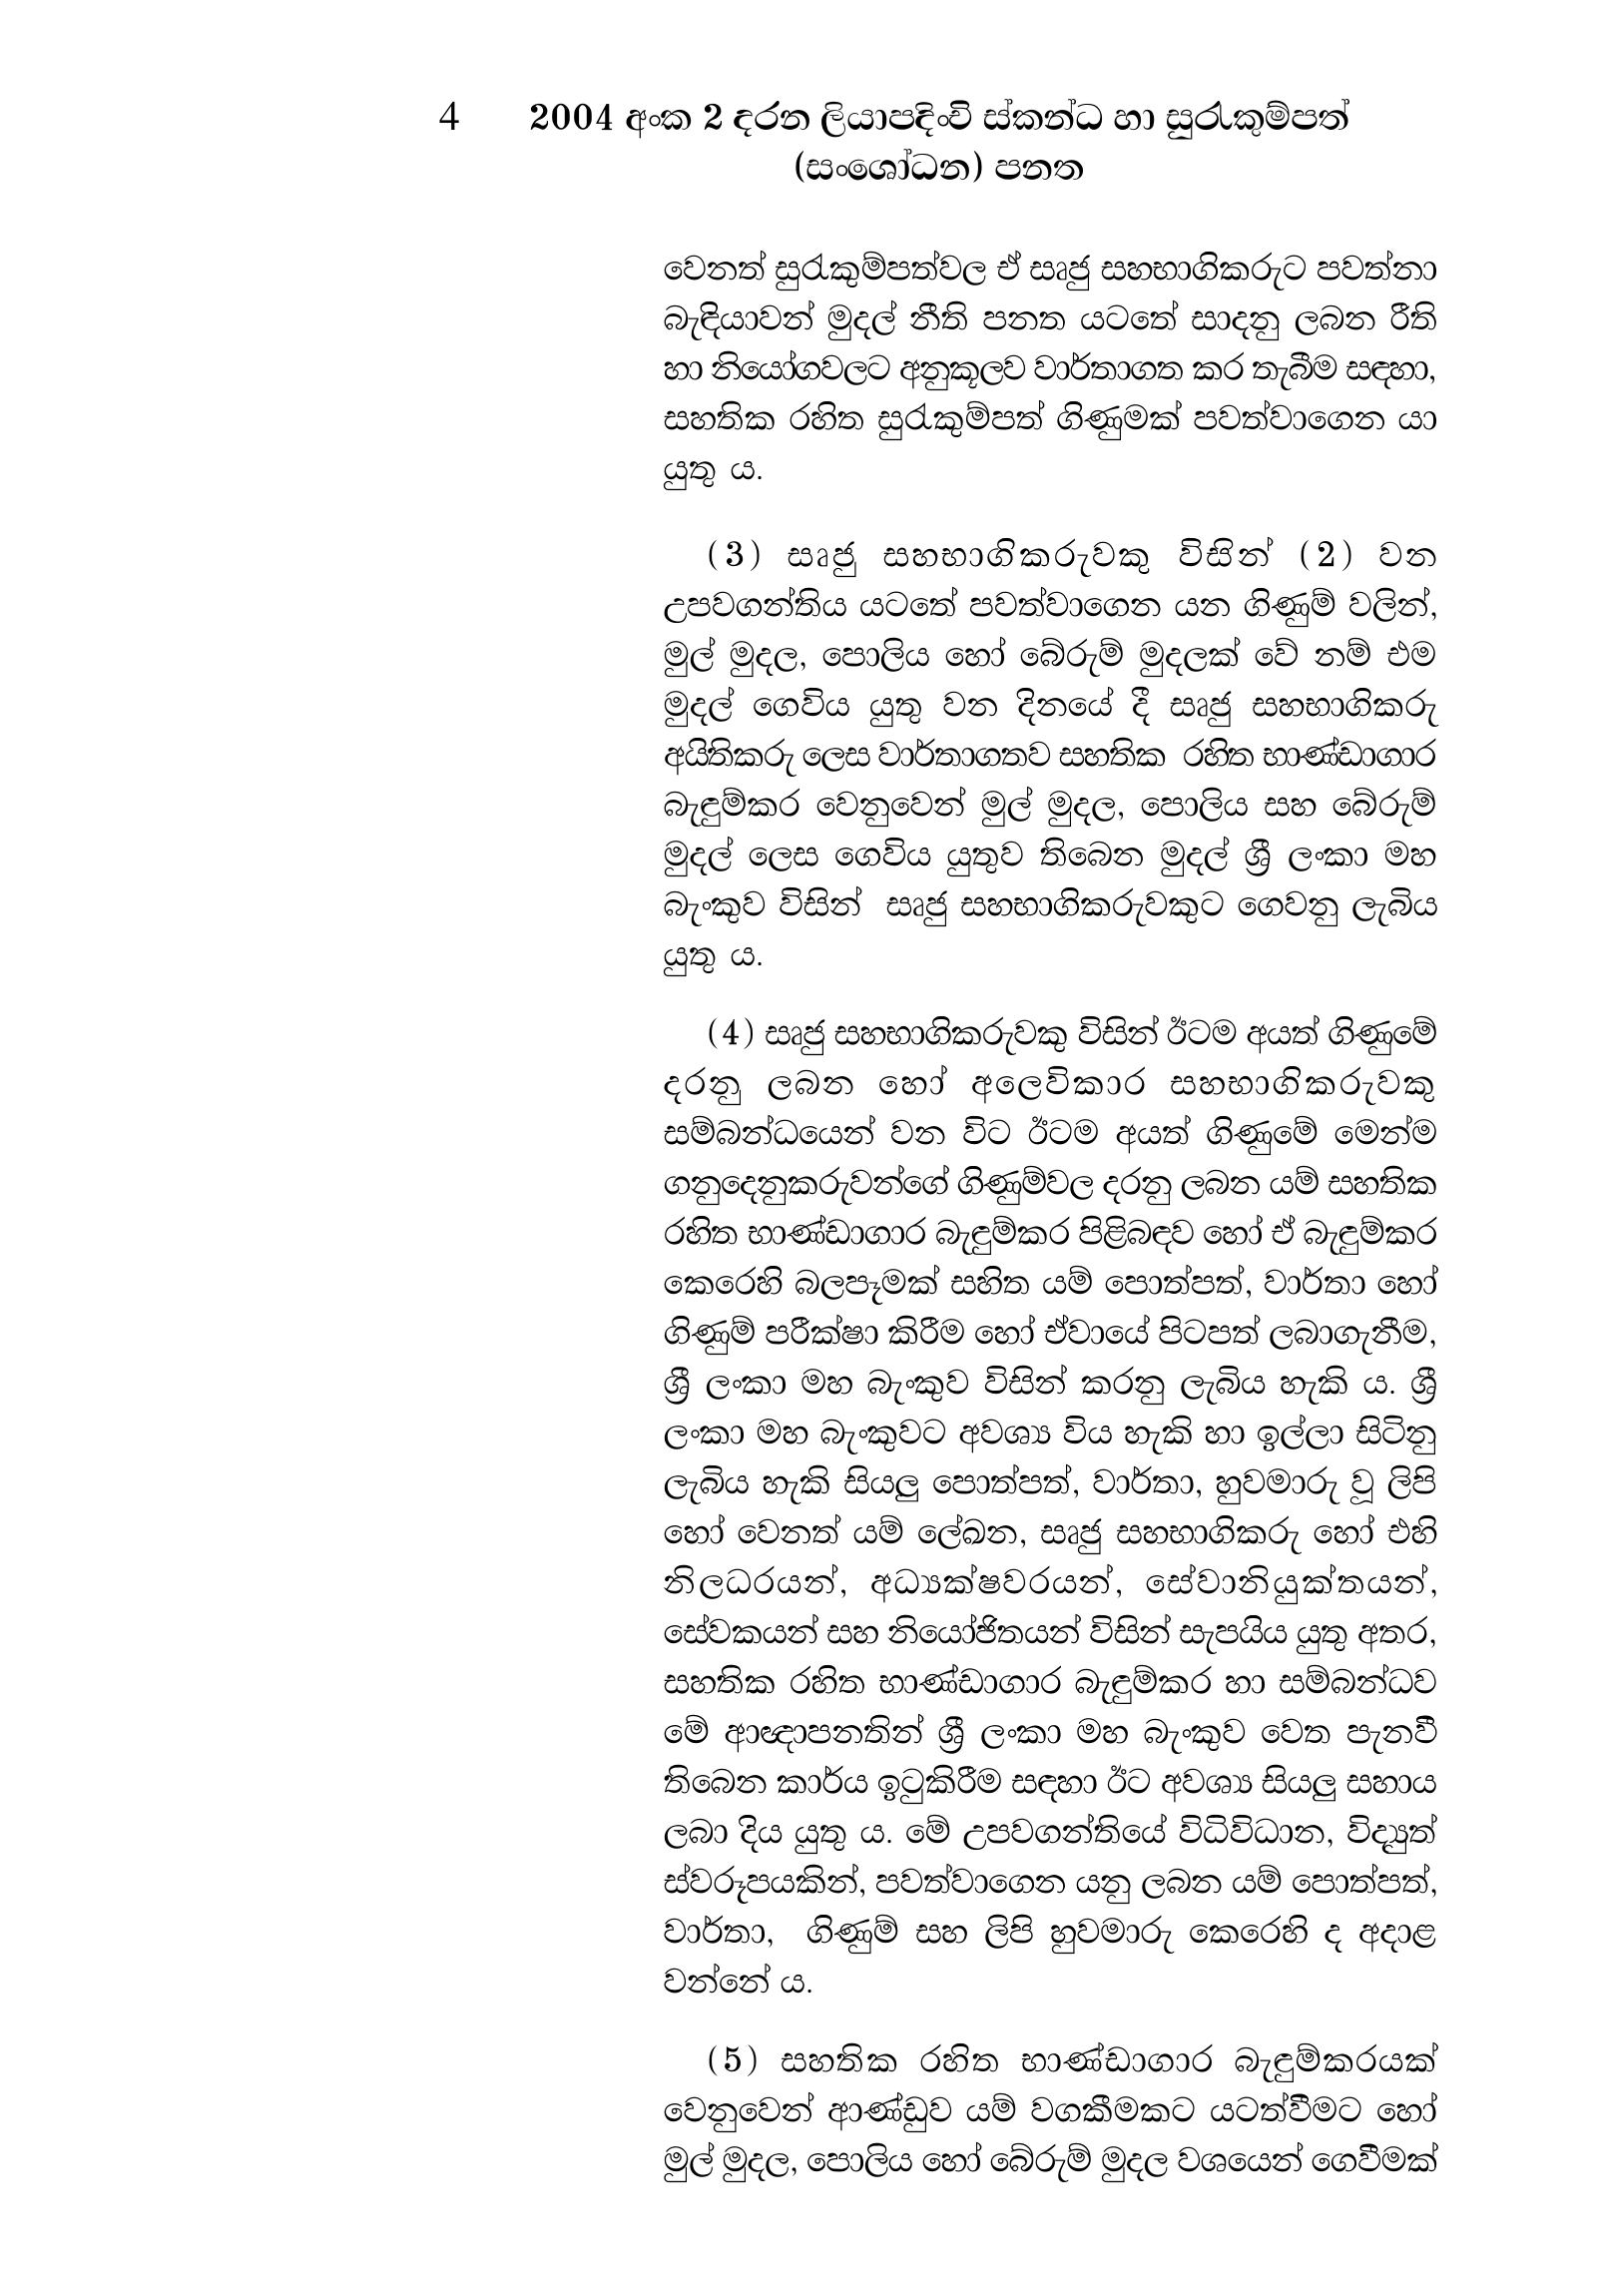
4 2004 අංක 2 දරන ලියාපදිංචි ස්කන්ධ හා සුරැකුම්පත්
(සංශෝධන) පනත

වෙනත් සුරැකුම්පත්වල ඒ සෘජු සහභාගිකරුට පවත්නා
බැඳියාවන් මුදල් නීති පනත යටතේ සාදනු ලබන රීති
හා නියෝගවලට අනුකූලව වාර්තාගත කර තැබීම සඳහා,
සහතික රහිත සුරැකුම්පත් ගිණුමක් පවත්වාගෙන යා
යුතු ය.

(3) සෘජු සහභාගිකරුවකු විසින් (2) වන
උපවගන්තිය යටතේ පවත්වාගෙන යන ගිණුම් වලින්,
මුල් මුදල, පොලිය හෝ බේරුම් මුදලක් වේ නම් එම
මුදල් ගෙවිය යුතු වන දිනයේ දී සෘජු සහභාගිකරු
අයිතිකරු ලෙස වාර්තාගතව සහතික රහිත භාණ්ඩාගාර
බැඳුම්කර වෙනුවෙන් මුල් මුදල, පොලිය සහ බේරුම්
මුදල් ලෙස ගෙවිය යුතුව තිබෙන මුදල් ශ්‍රී ලංකා මහ
බැංකුව විසින් සෘජු සහභාගිකරුවකුට ගෙවනු ලැබිය
යුතු ය.

(4) සෘජු සහභාගිකරුවකු විසින් ඊටම අයත් ගිණුමේ
දරනු ලබන හෝ අලෙවිකාර සහභාගිකරුවකු
සම්බන්ධයෙන් වන විට ඊටම අයත් ගිණුමේ මෙන්ම
ගනුදෙනුකරුවන්ගේ ගිණුම්වල දරනු ලබන යම් සහතික
රහිත භාණ්ඩාගාර බැඳුම්කර පිළිබඳව හෝ ඒ බැඳුම්කර
කෙරෙහි බලපෑමක් සහිත යම් පොත්පත්, වාර්තා හෝ
ගිණුම් පරීක්ෂා කිරීම හෝ ඒවායේ පිටපත් ලබාගැනීම,
ශ්‍රී ලංකා මහ බැංකුව විසින් කරනු ලැබිය හැකි ය. ශ්‍රී
ලංකා මහ බැංකුවට අවශ්‍ය විය හැකි හා ඉල්ලා සිටිනු
ලැබිය හැකි සියලු පොත්පත්, වාර්තා, හුවමාරු වූ ලිපි
හෝ වෙනත් යම් ලේඛන, සෘජු සහභාගිකරු හෝ එහි
නිලධරයන්, අධ්‍යක්ෂවරයන්, සේවානියුක්තයන්,
සේවකයන් සහ නියෝජිතයන් විසින් සැපයිය යුතු අතර,
සහතික රහිත භාණ්ඩාගාර බැඳුම්කර හා සම්බන්ධව
මේ ආඥාපනතින් ශ්‍රී ලංකා මහ බැංකුව වෙත පැනවී
තිබෙන කාර්ය ඉටුකිරීම සඳහා ඊට අවශ්‍ය සියලු සහාය
ලබා දිය යුතු ය. මේ උපවගන්තියේ විධිවිධාන, විද්‍යුත්
ස්වරූපයකින්, පවත්වාගෙන යනු ලබන යම් පොත්පත්,
වාර්තා, ගිණුම් සහ ලිපි හුවමාරු කෙරෙහි ද අදාළ
වන්නේ ය.

(5) සහතික රහිත භාණ්ඩාගාර බැඳුම්කරයක්
වෙනුවෙන් ආණ්ඩුව යම් වගකීමකට යටත්වීමට හෝ
මුල් මුදල, පොලිය හෝ බේරුම් මුදල වශයෙන් ගෙවීමක්